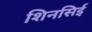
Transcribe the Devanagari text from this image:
शिनसिई